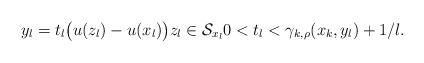
LaTeX: \begin{align*}y_l=t_l\big(u(z_l)-u(x_l)\big)z_l\in \mathcal{S}_{x_l}0<t_l<\gamma_{k,\rho}(x_k,y_l)+1/l.\end{align*}